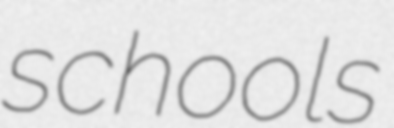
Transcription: schools